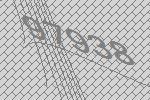
97938